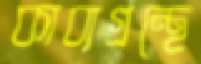
কাব্যগ্রন্থে